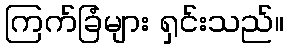
ကြက်ခြံများ ရှင်းသည်။